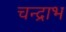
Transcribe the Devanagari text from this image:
चन्द्राभ